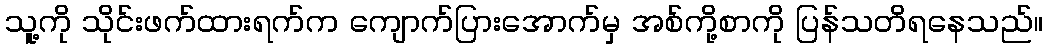
သူ့ကို သိုင်းဖက်ထားရက်က ကျောက်ပြားအောက်မှ အစ်ကို့စာကို ပြန်သတိရနေသည်။